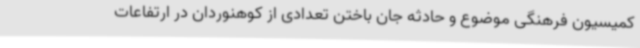
کمیسیون فرهنگی موضوع و حادثه جان باختن تعدادی از کوهنوردان در ارتفاعات